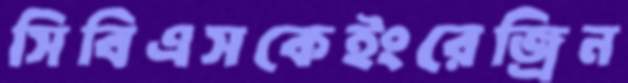
সিবিএসকেইংরেজ্রিন